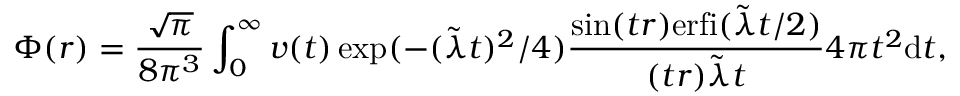
\Phi ( r ) = \frac { \sqrt { \pi } } { 8 \pi ^ { 3 } } \int _ { 0 } ^ { \infty } v ( t ) \exp ( - ( \tilde { \lambda } t ) ^ { 2 } / 4 ) \frac { \sin ( t r ) \mathrm { e r f i } ( \tilde { \lambda } t / 2 ) } { ( t r ) \tilde { \lambda } t } 4 \pi t ^ { 2 } \mathrm { d } t ,